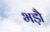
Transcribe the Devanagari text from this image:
भड़ौ